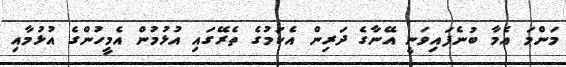
މަންމަ އެމާ ބުނެފައިވަނީ އޭނާގެ ދަރިން އެކަމުގެ ތެރޭގައި އުޅުމުން އެމީހުންގެ އުޅުމާއި